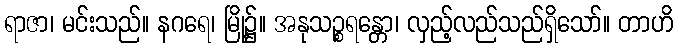
ရာဇာ၊ မင်းသည်။ နဂရေ၊ မြို့၌။ အနုသဉ္စရန္တော၊ လှည့်လည်သည်ရှိသော်။ တာဟိ